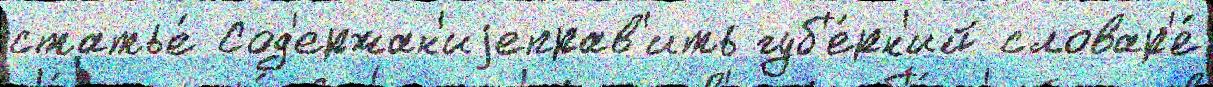
статье́ Сод'ержан'иjеправ'ить губ'е́рн'ий словар'е́